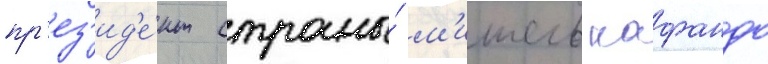
пр'ез'ид'е́нт страны́ м'ишель кафандо